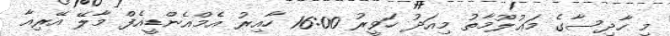
މި ހާދިސާގެ މަޢުލޫމާތު މިއަދު ހަވީރު 16:00 ހާއިރު އެމްއެންޑީއެފް މާލޭ އޭރިއާ